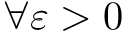
\forall \varepsilon > 0